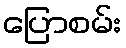
ပြောစမ်း